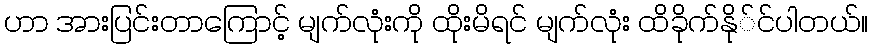
ဟာ အားပြင်းတာကြောင့် မျက်လုံးကို ထိုးမိရင် မျက်လုံး ထိခိုက်နို်င်ပါတယ်။